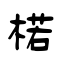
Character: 楉